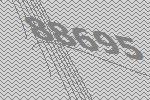
88695